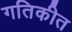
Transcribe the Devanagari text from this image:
गतिकीत